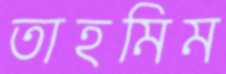
তাহমিম